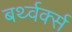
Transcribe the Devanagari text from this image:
बर्थ्वर्क्स